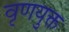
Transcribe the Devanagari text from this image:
वृणयुक्त